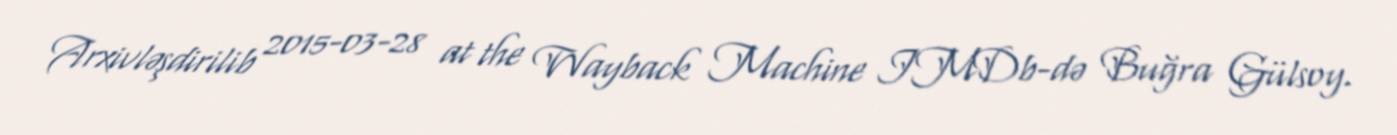
Arxivləşdirilib 2015-03-28 at the Wayback Machine IMDb-də Buğra Gülsoy.